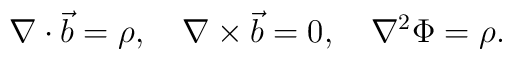
\nabla \cdot \vec{b}=\rho,\quad\nabla\times\vec{b}=0,\quad\nabla^{2}\Phi=\rho.